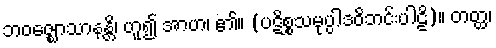
ဘဝဇ္ဈောသာနန္တိ၊ ဟူ၍ အာဟ၊ ၏။ (ပဋိစ္စသမုပ္ပါဒဝိဘင်းပါဠိ)။ တတ္ထ၊